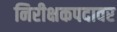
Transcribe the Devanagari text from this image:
निरीक्षकपदावर